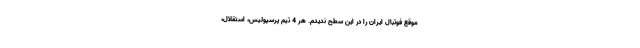
موقع فوتبال ایران را در این سطح ندیدم. هر 4 تیم پرسپولیس، استقلال،